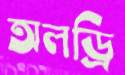
অলড্রি